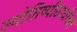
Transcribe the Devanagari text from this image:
ज्योतिष्पीठाधीश्वर